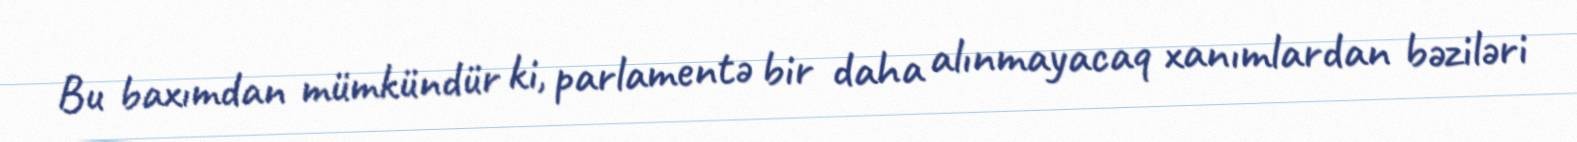
Bu baxımdan mümkündür ki, parlamentə bir daha alınmayacaq xanımlardan bəziləri